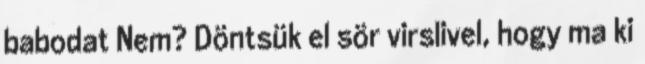
babodat Nem? Döntsük el sör virslivel, hogy ma ki